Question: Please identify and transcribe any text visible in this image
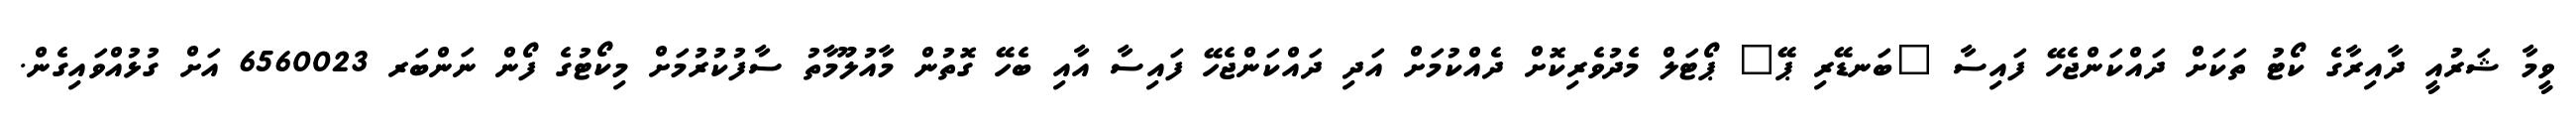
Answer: ވީމާ ޝަރުއީ ދާއިރާގެ ކޯޓު ތަކަށް ދައްކަންޖެހޭ ފައިސާ "ބަނޑޭރި ޕޭ" ޕޯޓަލް މެދުވެރިކޮށް ދެއްކުމަށް އަދި ދައްކަންޖެހޭ ފައިސާ އާއި ބެހޭ ގޮތުން މާއުލޫމާތު ސާފުކުރުމަށް މިކޯޓުގެ ފޯން ނަންބަރ 6560023 އަށް ގުޅުއްވައިގެން.